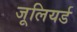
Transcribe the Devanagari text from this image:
जूलियर्ड